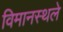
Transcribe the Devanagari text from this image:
विमानस्थले